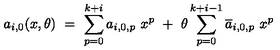
a _ { i , 0 } ( x , \theta ) \ = \ \sum _ { p = 0 } ^ { k + i } a _ { i , 0 , p } \ x ^ { p } \ + \ \theta \sum _ { p = 0 } ^ { k + i - 1 } \overline { { a } } _ { i , 0 , p } \ x ^ { p }